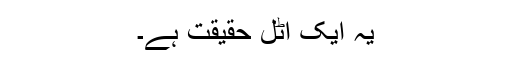
یہ ایک اٹل حقیقت ہے۔